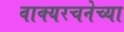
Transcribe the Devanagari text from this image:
वाक्यरचनेच्या